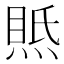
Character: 𤋇